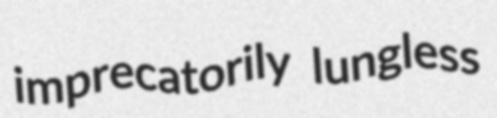
imprecatorily lungless